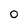
Character: 0